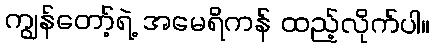
ကျွန်တော့်ရဲ့ အမေရိကန် ထည့်လိုက်ပါ။